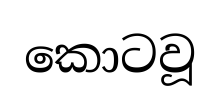
කොටවූ